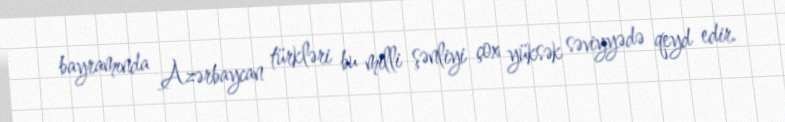
bayramında Azərbaycan türkləri bu milli şənliyi çox yüksək səviyyədə qeyd edir.